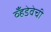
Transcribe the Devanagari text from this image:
व्हँडेवेची